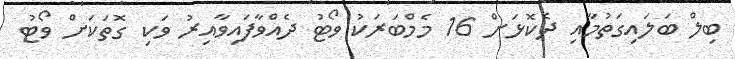
ބިލް ބަލައިގަތުމާއި ދެކޮޅަށް 16 މެމްބަރަކު ވޯޓު ދެއްވާފައިވާއިރު ވަކި ގޮތަކަށް ވޯޓު